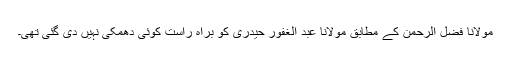
مولانا فضل الرحمٰن کے مطابق مولانا عبد الغفور حیدری کو براہ راست کوئی دھمکی نہیں دی گئی تھی۔